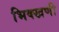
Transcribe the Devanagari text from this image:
भिक्खणी